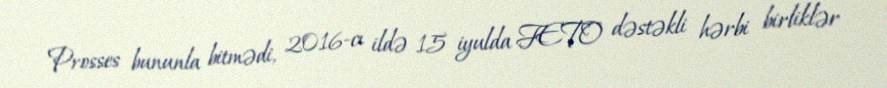
Prosses bununla bitmədi, 2016-cı ildə 15 iyulda FETO dəstəkli hərbi birliklər